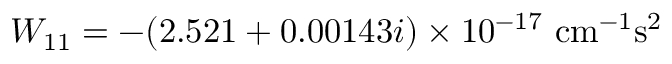
W _ { 1 1 } = - ( 2 . 5 2 1 + 0 . 0 0 1 4 3 i ) \times 1 0 ^ { - 1 7 } ~ \mathrm { c m ^ { - 1 } s ^ { 2 } }